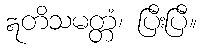
ဣတိသမတ္တံ၊ ပြီးပြီ။